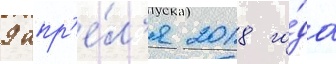
9 апр'е́л'я 2018 го́да